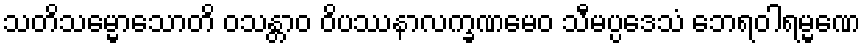
သတိသမ္မောသောတိ ဝသန္တာဝ ဝိပဿနာလက္ခဏမေဝ သီမပ္ပဒေသံ ဘေရဝါရမ္မဏေ